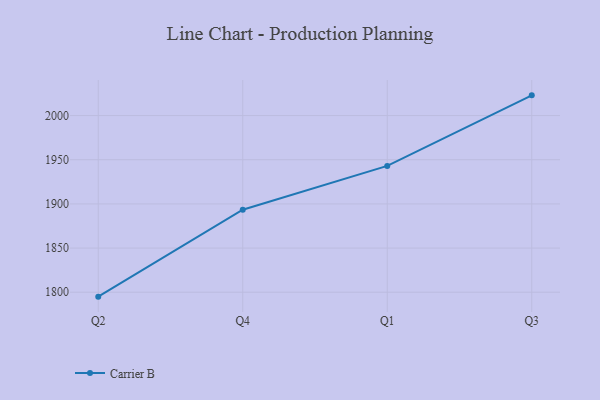
{"axis": {"x": "Quarter", "y": "LTV (USD)"}, "legend": ["Carrier B"], "data": [{"x": "Q2", "y": 1795.0, "type": "Carrier B"}, {"x": "Q4", "y": 1893.4, "type": "Carrier B"}, {"x": "Q1", "y": 1943.0, "type": "Carrier B"}, {"x": "Q3", "y": 2022.9, "type": "Carrier B"}]}